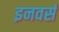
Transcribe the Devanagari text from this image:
इनवर्स